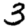
Digit: 3